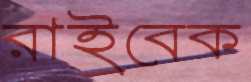
রাইবেক